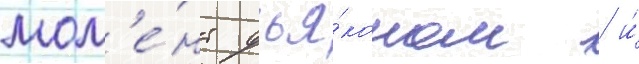
мом'е́нт дья́коном / и́